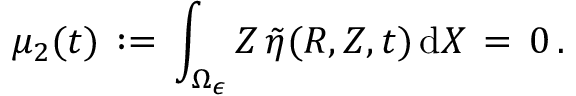
\mu _ { 2 } ( t ) \, : = \, \int _ { \Omega _ { \epsilon } } Z \, \tilde { \eta } ( R , Z , t ) \, \mathrm { d } X \, = \, 0 \, .